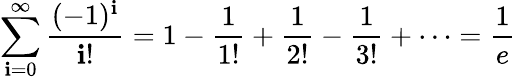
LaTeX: \sum_{\mathbf{i}=0}^{\infty}{\frac{{(-1)^{\mathbf{i}}}}{{\mathbf{i}!}}}=1-{\frac{{1}}{{1!}}}+{\frac{{1}}{{2!}}}-{\frac{{1}}{{3!}}}+\cdots={\frac{{1}}{{e}}}